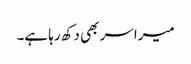
میرا سر بھی دکھ رہا ہے۔